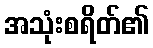
အသုံးစရိတ်၏